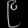
Digit: ၉